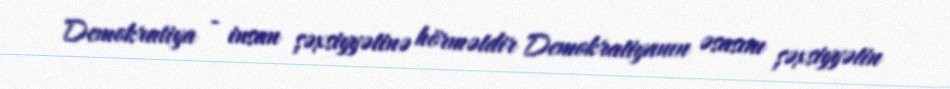
Demokratiya - insan şəxsiyyətinə hörmətdir Demokratiyanın əsasını şəxsiyyətin